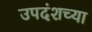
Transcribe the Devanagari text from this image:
उपदंशच्या